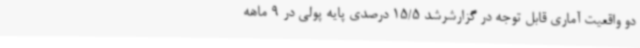
دو واقعیت آماری قابل توجه در گزارشرشد 15/5 درصدی پایه پولی در 9 ماهه